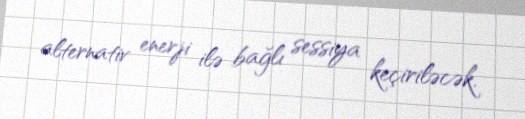
alternativ enerji ilə bağlı sessiya keçiriləcək.